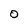
Character: 0